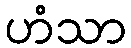
ဟံသာ